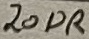
Text: 20DR